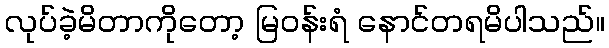
လုပ်ခဲ့မိတာကိုတော့ မြဝန်းရံ နောင်တရမိပါသည်။